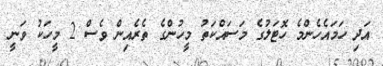
އަދި ހަމައެހެންމެ ހޮޓަލުގެ މަސައްކަތު މީހުންގެ ތެރެއިން ވެސް 2 މީހަކު ވަނީ